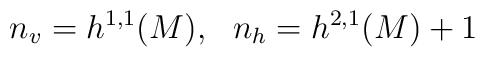
n_{v} = h^{1,1}(M), ~~n_{h} = h^{2,1}(M) + 1